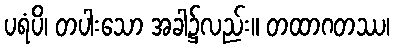
ပရံပိ၊ တပါးသော အခါ၌လည်း။ တထာဂတဿ၊